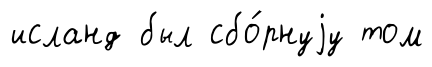
исланд был сбо́рнуjу том